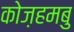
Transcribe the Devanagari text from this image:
कोज़हमबु